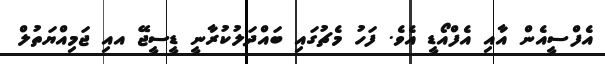
އެފްސީއެން އާއި އެފްއޯޑީ އެވެ. ފަހު މެޗުގައި ބައްދަލުކުރާނީ ޑީސީޖޭ އއި ޖަމިއްޔަތުލް